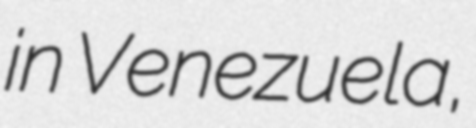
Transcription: in Venezuela,